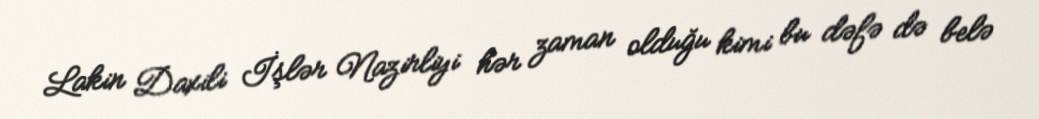
Lakin Daxili İşlər Nazirliyi hər zaman olduğu kimi bu dəfə də belə